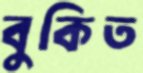
বুকিত